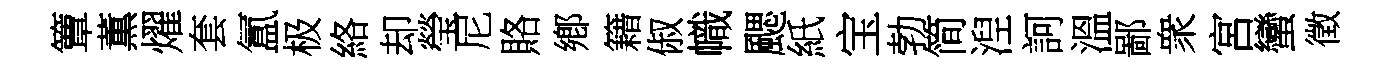
簟薫燿套氲极絡却瑩尼賂鄕籍俶幟颸紙宝勃简湼訶溫鄙衆宮蠻徵